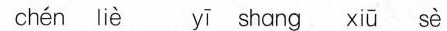
chen lie yi shang xiu se